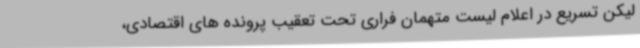
لیکن تسریع در اعلام لیست متهمان فراری تحت تعقیب پرونده های اقتصادی،